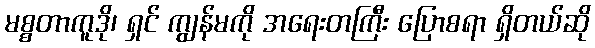
မစ္စတာကူဒို၊ ရှင် ကျွန်မကို အရေးတကြီး ပြောစရာ ရှိတယ်ဆို